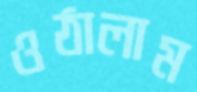
ওঠালাম